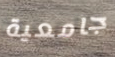
جامعية